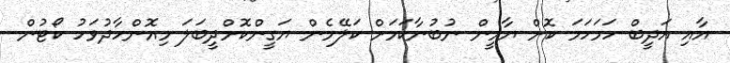
އާއި އަދީބް ހަމަހަމަ ކޮށް ޔާމީން ނުބުނާކަމަށް ކަލޭމެން ޔަގީންކޮށްދީބަލަ މިއޮންހާދުވަހު ކޯޓުން